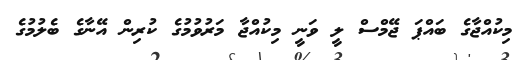
މިކުއްޖާގެ ބައްޕަ ޖޭމްސް ލީ ވަނީ މިކުއްޖާ މަރުވުމުގެ ކުރިން އޭނާގެ ބެލުމުގެ